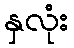
နှလုံး